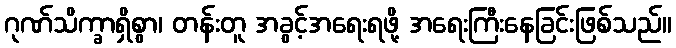
ဂုဏ်သိက္ခာရှိစွာ၊ တန်းတူ အခွင့်အရေးရဖို့ အရေးကြီးနေခြင်းဖြစ်သည်။